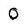
Character: O